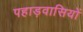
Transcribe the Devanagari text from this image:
पहाड़वासियों